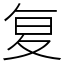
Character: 复